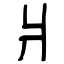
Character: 爿